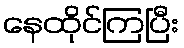
နေထိုင်ကြပြီး